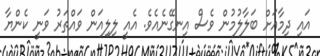
އައި ދިމާއަށް ބަލާލުމުން ވެސް އިނގޭނެއެވެ. އެއީ ލިލިއަން ވައްތަރު ވަނީ ކެންޔާ